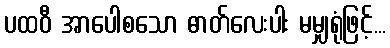
ပထဝီ အာပေါစသော ဓာတ်လေးပါး မမျှရုံဖြင့်...